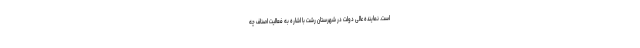
است. نماینده عالی دولت در شهرستان رشت با اشاره به فعالیت اصناف چه